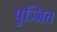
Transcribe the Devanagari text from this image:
पुञ्जित